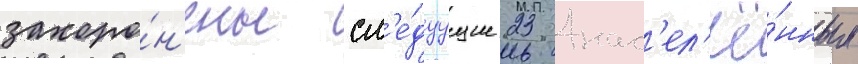
захоро́н'ены сл'е́дуущие 23 нас'ел'ё́нных